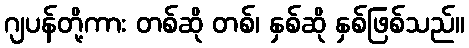
ဂျပန်တို့ကား တစ်ဆို တစ်၊ နှစ်ဆို နှစ်ဖြစ်သည်။